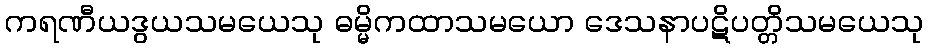
ကရဏီယဒွယသမယေသု ဓမ္မိကထာသမယော ဒေသနာပဋိပတ္တိသမယေသု